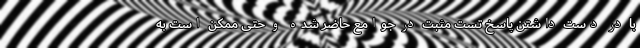
با در دست داشتن پاسخ تست مثبت در جوامع حاضر شده و حتی ممکن است به